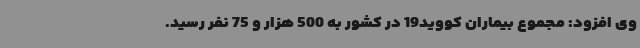
وی افزود: مجموع بیماران کووید19 در کشور به 500 هزار و 75 نفر رسید.